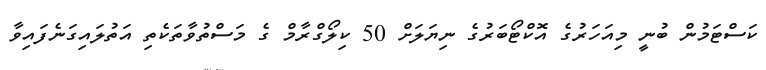
ކަސްޓަމުން ބުނީ މިއަހަރުގެ އޮކްޓޯބަރުގެ ނިޔަލަށް 50 ކިލޯގްރާމް ގެ މަސްތުވާތަކެތި އަތުލައިގަނެފައިވާ